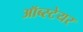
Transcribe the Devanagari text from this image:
ऑब्स्टेयर